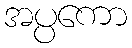
အပ္ပကော